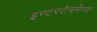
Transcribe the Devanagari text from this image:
इण्टरटेनमेण्ट